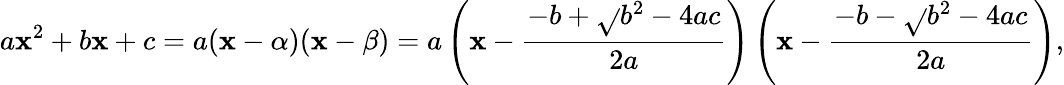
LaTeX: a\mathbf{x}^{2}+b\mathbf{x}+c=a(\mathbf{x}-\alpha)(\mathbf{x}-\beta)=a\left(\mathbf{x}-{\frac{{-b+{\sqrt{}{{b^{2}-4ac}}}}}{{2a}}}\right)\left(\mathbf{x}-{\frac{{-b-{\sqrt{}{{b^{2}-4ac}}}}}{{2a}}}\right),